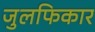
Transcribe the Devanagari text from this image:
जुलफिकार